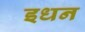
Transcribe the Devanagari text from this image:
इधन